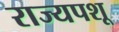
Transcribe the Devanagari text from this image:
राज्यपशू